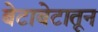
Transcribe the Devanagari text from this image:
बेटाबेटातून